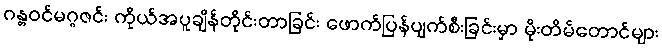
ဂန္တဝင်မဂ္ဂဇင်း ကိုယ်အပူချိန်တိုင်းတာခြင်း ဖောက်ပြန်ပျက်စီးခြင်းမှာ မိုးတိမ်တောင်များ